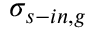
\sigma _ { s - i n , g }